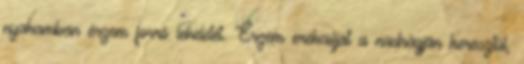
nyakamban érzem forró leheletét. Érzem erekcióját a nadrágján keresztül,